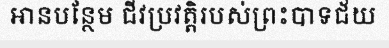
អានបន្ថែម ជីវប្រវត្តិរបស់ព្រះបាទជ័យ